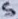
Text: 5